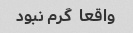
واقعا  گرم نبود